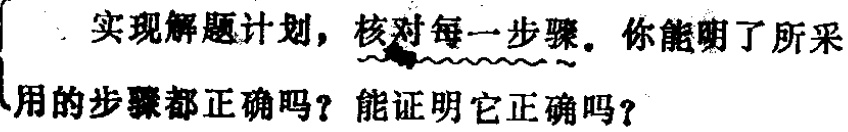
实现解题计划，核对每一步骤。你能明了所采

用的步骤都正确吗？能证明它正确吗？